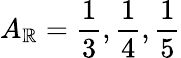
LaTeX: A_{\mathbb{R}}=\frac{{1}}{{3}},\frac{{1}}{{4}},\frac{{1}}{{5}}